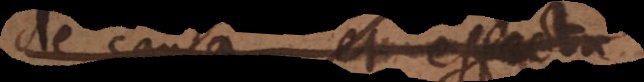
de causa et effectu